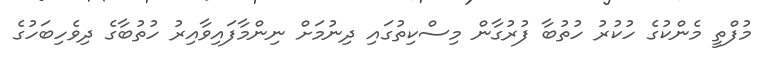
މުފްތީ މެންކުގެ ހުކުރު ހުތުބާ ފުރުގާން މިސްކިތުގައި ދިނުމަށް ނިންމާފައިވާއިރު ހުތުބާގެ ދިވެހިބަހުގެ